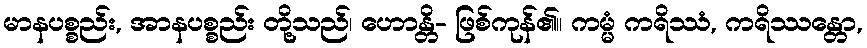
မာနပစ္စည်း, အာနပစ္စည်း တို့သည်၊ ဟောန္တိ- ဖြစ်ကုန်၏။ ကမ္မံ ကရိဿံ, ကရိဿန္တော,